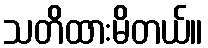
သတိထားမိတယ်။